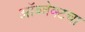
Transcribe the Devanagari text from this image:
ऑब्जेक्टचा